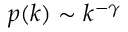
p ( k ) \sim k ^ { - \gamma }